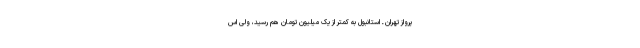
پرواز تهران ـ استانبول به کمتر از یک میلیون تومان هم رسید، ولی اس